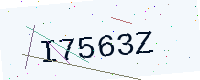
Text: I7563Z